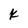
Character: k